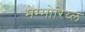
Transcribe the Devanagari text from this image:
मेम्मोरिय्ल